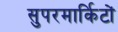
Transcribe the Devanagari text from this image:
सुपरमार्किटों